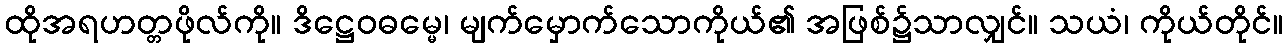
ထိုအရဟတ္တဖိုလ်ကို။ ဒိဋ္ဌေဝဓမ္မေ၊ မျက်မှောက်သောကိုယ်၏ အဖြစ်၌သာလျှင်။ သယံ၊ ကိုယ်တိုင်။